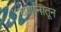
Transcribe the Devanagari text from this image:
वर्णानातून